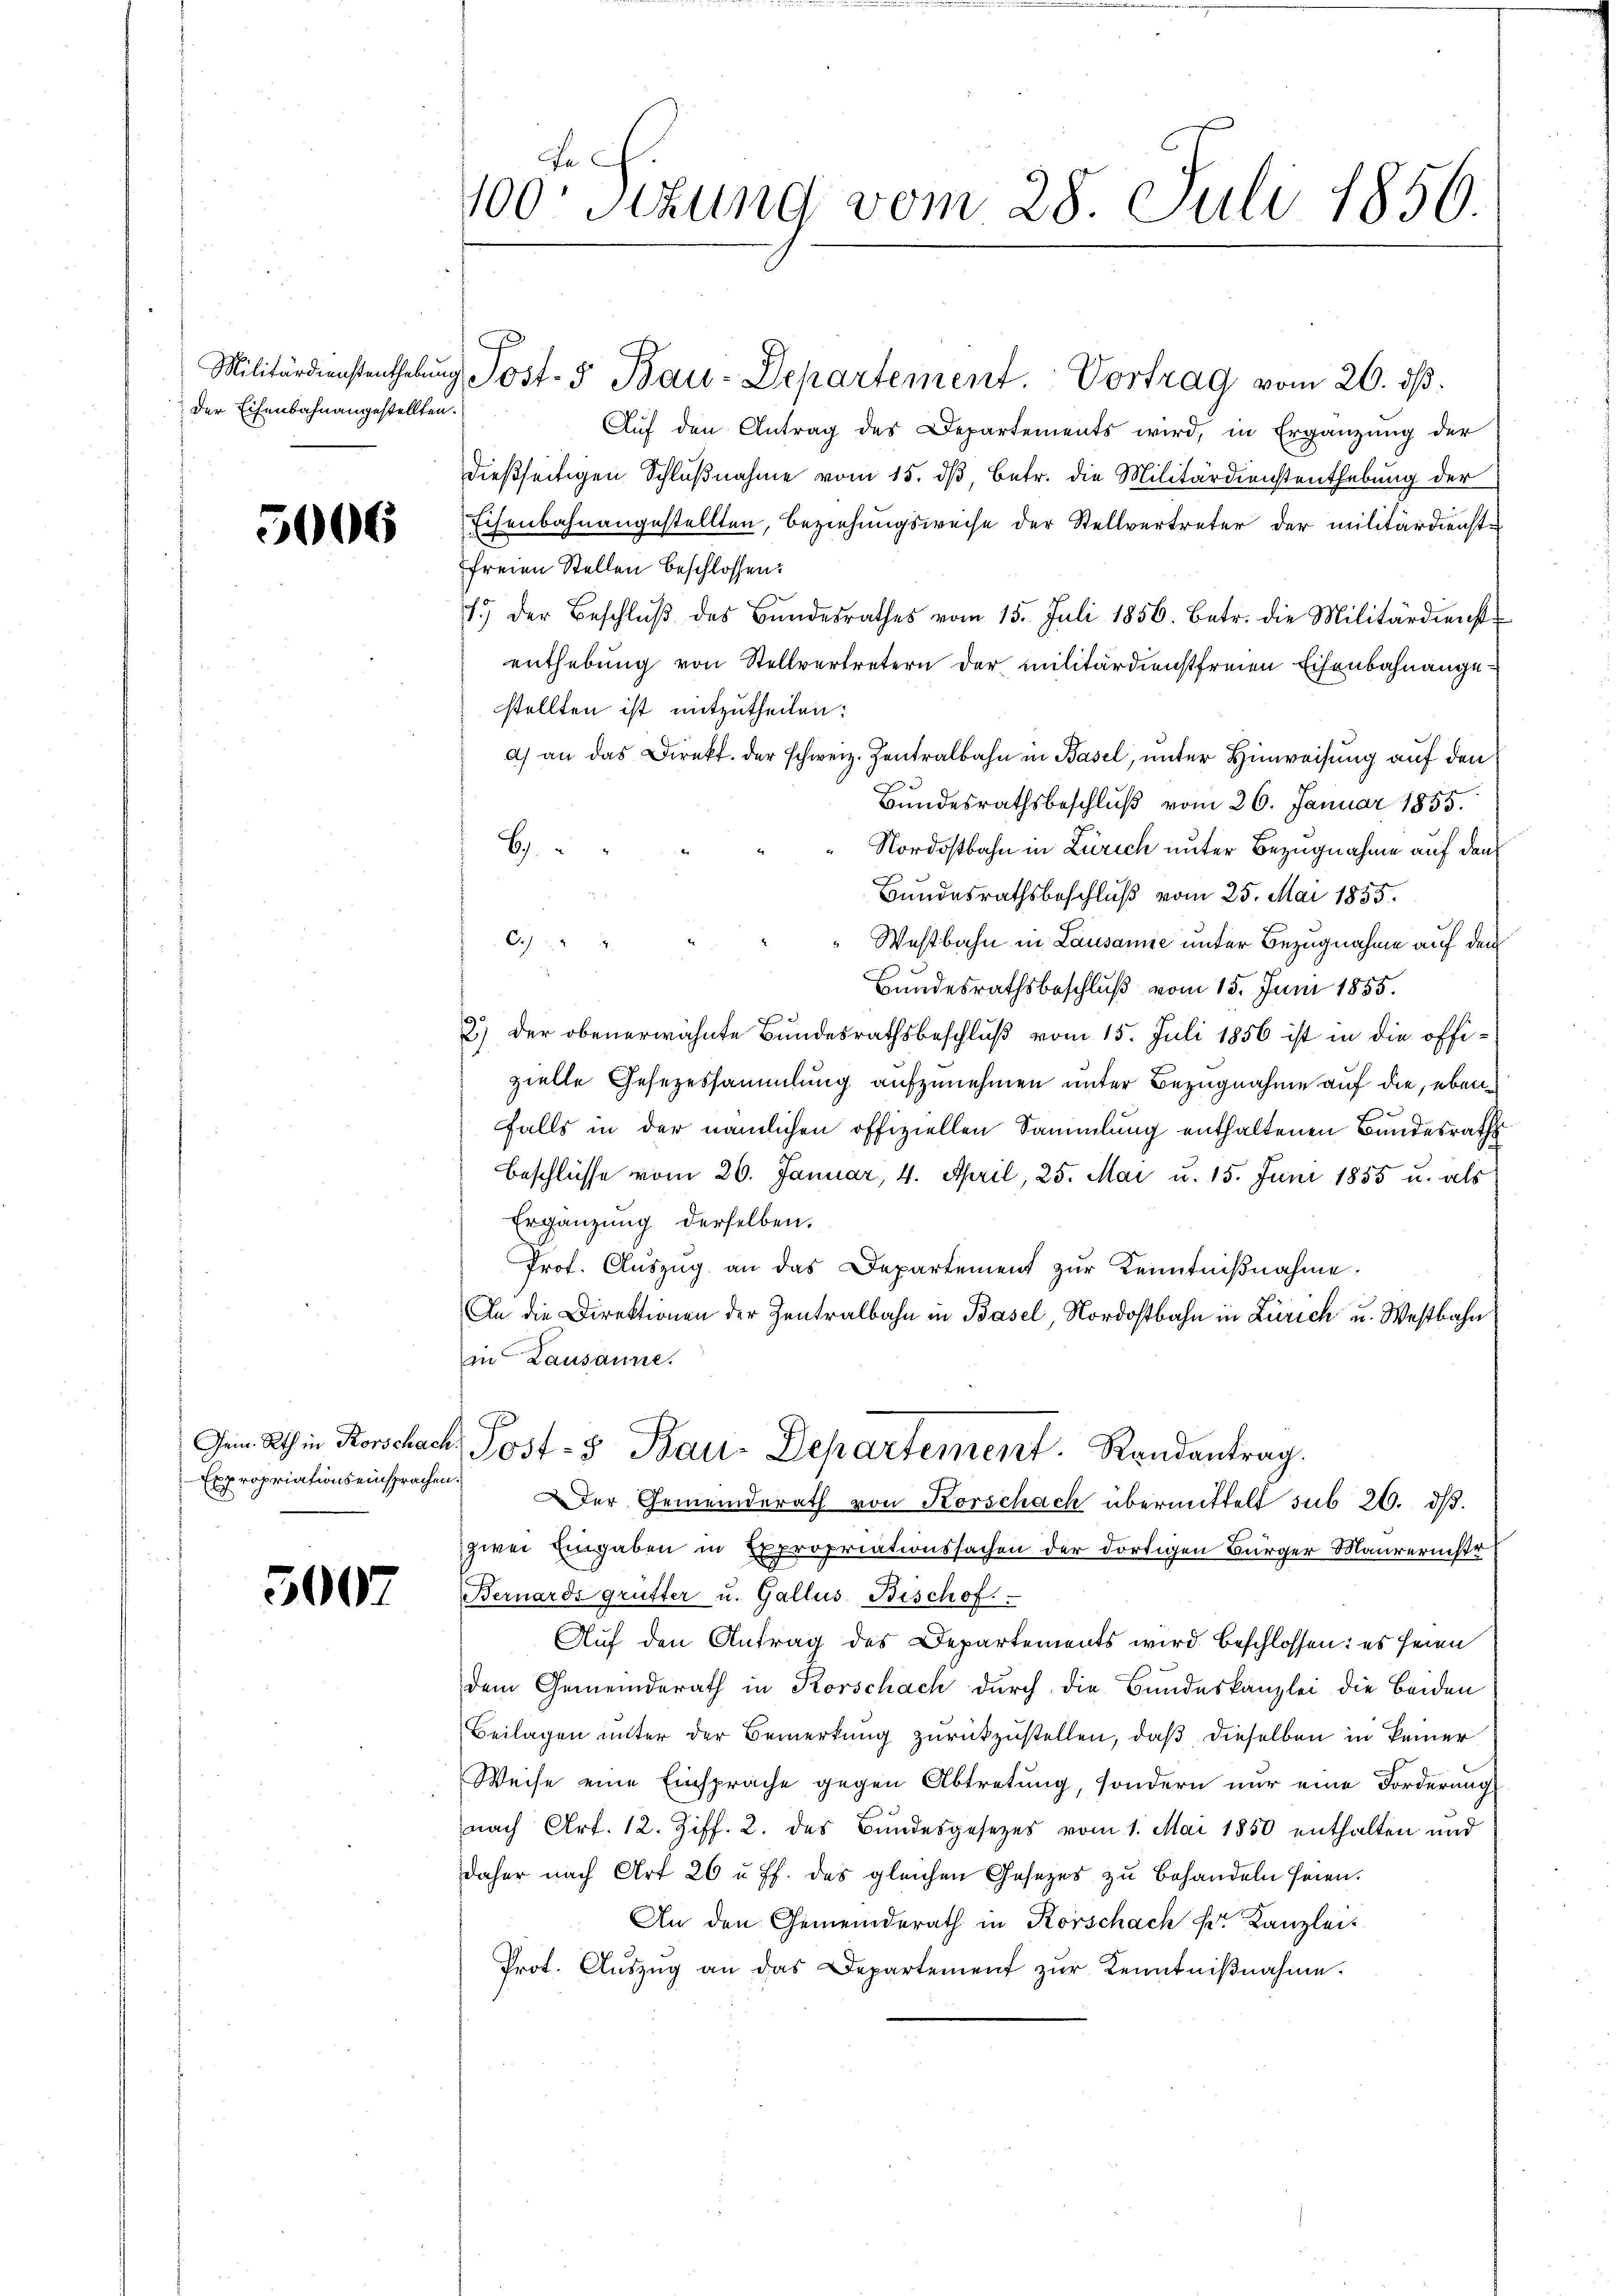
der Eisenbahnangestellten.

5006

Expropriations einsprachen.

5007

100. Sizung vom 28. Juli 1856.

Aŭf den Antrag des Departements wird, in Ergänzŭng der
dießseitigen Schlußnahme vom 15. dβ, betr. die Militärdienstenthebung der
Eisenbahnangestellten, Beziehungsweise der Stellvertreter der militärdienste
freien Stellen beschlossen:
1.) Der Beschlŭβ des Bŭndesrathes vom 15. Juli 1856. Betr. die Militärdienst
enthebung von Stellvertretern der militärdienstfreien Eisenbahnangestellten ist mitzutheilen:
a) an das Direkt. der schweiz. Zentralbahn in Basel, unter Hinweisung auf den
Bundesrathsbeschluß vom 26. Januar 1855.
6)
Nordostbahn in Zürich unter Bezugnahme auf den
Bundesrathsbeschluß vom 25. Mai 1855.
A 24 x
Westbahn in Lausanne unter Bezugnahme auf den
Bandesrathsbeschluß vom 15. Juni 1855.
2.) Der obenerwähnte Bundesrathsbeschluß vom 15. Juli 1856 ist in die offizielle Gesezessammlung aufzunehmen unter Bezugnahme auf die, ebenfalls in der nämlichen offiziellen Sammlung enthaltenen Bundesraths
Beschlüsse vom 26. Januar, 4. April, 25. Mai u. 15. Juni 1855 u. als
Ergänzung derselben.
Prot. Aŭszŭg an das Departement zŭr Kenntniβnahme.
An die Direktionen der Zentralbahn in Basel, Nordostbahn in Zürich u. Westbahn
in Lausanne.
Gen. Wien Rorschach Post- & Bau-Departement. Randantrag.
Der Gemeinderath von Korschach übermittelt sub 26. dβ.
zwei Eingaben in Expropriationssachen der dortigen Bürger Maurerstr
Bernards grütter u. Gallus Beschof
Auf den Antrag des Departements wird beschlossen: es seien
dem Gemeinderath in Korschach durch die Bundeskanzlei die beiden
Beilagen unter der Bemerkung zurückzustellen, daß dieselben in keiner
Weise eine Einsprache gegen Abtretung, sondern nur eine Forderung
nach Art. 12. Ziff. 2. des Bundesgesezes vom 1. Mai 1850 enthalten und
daher nach Art 26 u. ff. des gleichen Gesetzes zŭ behandeln seien.
An den Gemeinderath in Korschach k. Kanzlei-
Prot. Aŭszŭg an das Departement zŭr Kenntniβnahme.

Militärdienstenthebŭng Post- & Bau-Departement. Vortrag vom 26. dβ.